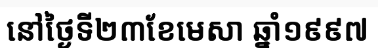
នៅថ្ងៃទី២៣ខែមេសា ឆ្នាំ១៩៩៧